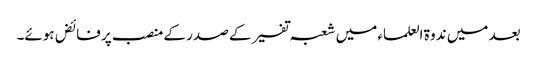
بعد میں ندوۃ العلماء میں شعبہ تفسیر کے صدر کے منصب پر فائض ہوئے۔